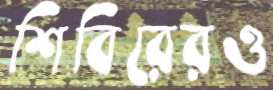
শিবিরেরও